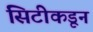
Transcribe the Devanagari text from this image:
सिटीकडून